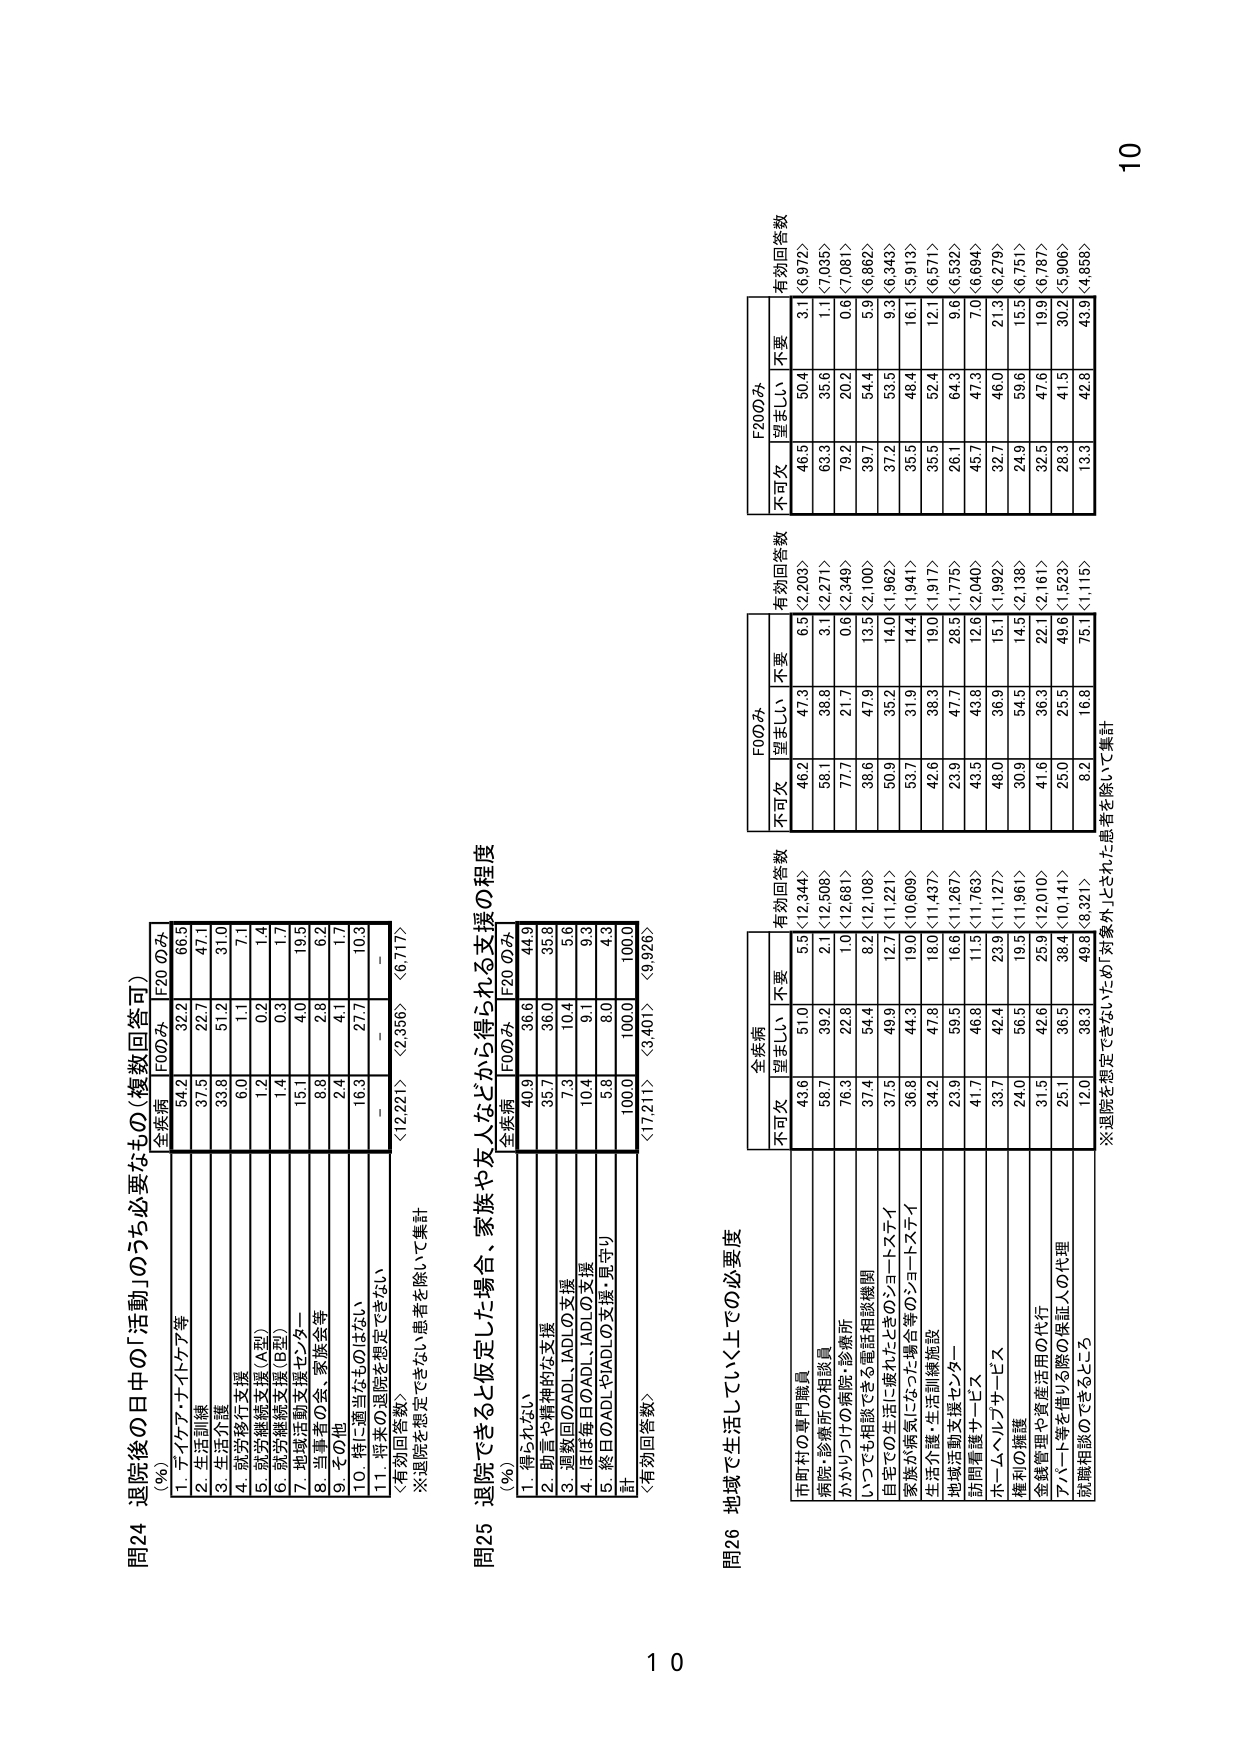
問24 退院後の日中の「活動」のうち必要なもの（複数回答可）
（％）
全疾病 F00み F20のみ
1. デイケア・ナイトケア等 54.2 32.2 66.5
2. 生活訓練 37.5 22.7 47.1
3. 生活介護 33.8 51.2 31.0
4. 就労移行支援 6.0 1.1 7.1
5. 就労継続支援（A型） 1.2 0.2 1.4
6. 就労継続支援（B型） 1.4 0.3 1.7
7. 地域活動支援センター 15.1 4.0 19.5
8. 当事者の会、家族会等 8.8 2.8 6.2
9. その他 2.4 4.1 1.7
10. 特に適当なものはない 16.3 27.7 10.3
11. 将来の退院を想定できない － － －
〈有効回答数〉 〈12,221〉 〈2,356〉 〈6,717〉
※退院を想定できない患者を除いて集計

問25 退院できると仮定した場合、家族や友人などから得られる支援の程度
（％）
全疾病 F00み F20のみ
1. 得られない 40.9 36.6 44.9
2. 助言や精神的な支援 35.7 36.0 35.8
3. 週数回のADL・IADLの支援 7.3 10.4 5.6
4. ほぼ毎日のADL・IADLの支援 10.4 9.1 9.3
5. 終日のADL・IADLの支援・見守り 5.8 8.0 4.3
計 100.0 100.0 100.0
〈有効回答数〉 〈17,211〉 〈3,401〉 〈9,926〉

問26 地域で生活していく上での必要度
全疾病 F00み F20のみ
不可欠 望ましい 不要 不可欠 望ましい 不要 不可欠 望ましい 不要
市町村の専門職員 43.6 51.0 5.5〈12,344〉 46.2 47.3 6.5〈2,203〉 46.5 50.4 3.1〈6,972〉
病院・診療所の相談員 58.7 39.2 2.1〈12,508〉 58.1 38.8 3.1〈2,271〉 63.3 35.6 1.1〈7,035〉
かかりつけの病院・診療所 76.3 22.8 1.0〈12,681〉 77.7 21.7 0.6〈2,348〉 79.2 20.2 0.6〈7,081〉
いつでも相談できる電話相談機関 37.4 54.4 8.2〈12,108〉 38.6 47.9 13.5〈2,100〉 39.7 54.4 5.9〈6,862〉
自宅での生活に疲れたときのショートステイ 37.5 49.9 12.7〈11,221〉 50.9 35.2 14.0〈1,962〉 37.2 53.5 9.3〈6,343〉
家族が病気になった場合等のショートステイ 36.8 44.3 19.0〈10,609〉 53.7 31.9 14.4〈1,941〉 35.5 48.4 16.1〈5,913〉
生活介護・生活訓練施設 34.2 47.8 18.0〈11,437〉 42.6 38.3 19.0〈1,917〉 35.5 52.4 12.1〈6,571〉
地域活動支援センター 23.9 59.5 16.6〈11,267〉 23.9 47.7 28.5〈1,775〉 26.1 64.3 9.6〈6,532〉
訪問看護サービス 41.7 46.8 11.5〈11,763〉 43.5 43.8 12.6〈2,040〉 45.7 47.3 7.0〈6,694〉
ホームヘルプサービス 33.7 42.4 23.9〈11,127〉 48.0 36.9 15.1〈1,992〉 32.7 46.0 21.3〈6,279〉
権利の擁護 24.0 56.5 19.5〈11,961〉 30.9 54.4 14.5〈2,138〉 24.9 59.6 15.5〈6,751〉
金銭管理や資産活用の代行 31.5 42.6 25.9〈12,010〉 41.6 36.3 22.1〈2,161〉 32.5 47.6 19.9〈6,787〉
アパート等を借りる際の保証人の代理 25.1 36.5 38.4〈10,141〉 25.0 25.5 49.6〈1,523〉 28.3 41.5 30.2〈5,906〉
就職相談のできること 12.0 38.3 49.8〈8,321〉 8.2 16.8 75.1〈1,116〉 13.3 42.8 43.9〈4,858〉
※退院を想定できないため対象外とされた患者を除いて集計

10